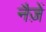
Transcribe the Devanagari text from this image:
नैज़ें